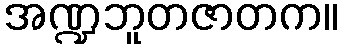
အဏ္ဍဘူတဇာတက။